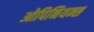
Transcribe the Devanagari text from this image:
ओपिनियन्स